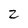
Character: z